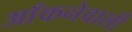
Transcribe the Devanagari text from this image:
आँकनेवाली